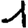
Digit: 1